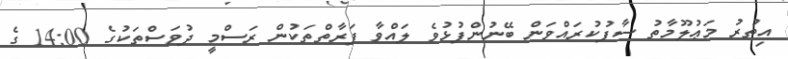
އިތުރު މަޢުލޫމާތު ސާފުކުރައްވަން ބޭނުންފުޅުވެ ލައްވާ ފަރާތްތަކުން ރަސްމީ ދުވަސްތަކުގެ 14:00 ގެ